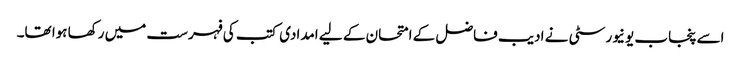
اسے پنجاب یونیورسٹی نے ادیب فاضل کے امتحان کے لیے امدادی کتب کی فہرست میں رکھا ہوا تھا۔